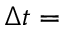
\Delta t =